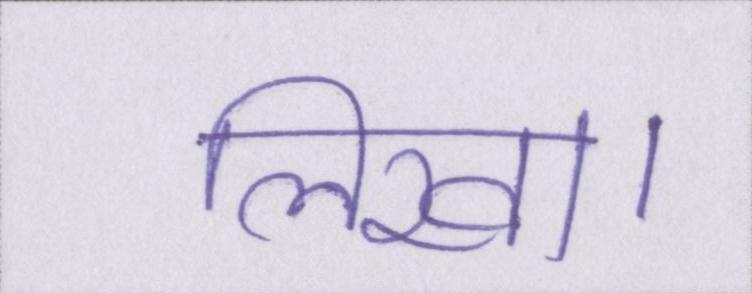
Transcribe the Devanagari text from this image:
लिखा।